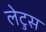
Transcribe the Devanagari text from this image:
लेटुस